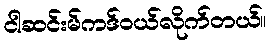
ငါဆင်းမ်ကဒ်ဝယ်လိုက်တယ်။